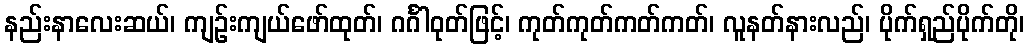
နည်းနာလေးဆယ်၊ ကျဉ်းကျယ်ဖော်ထုတ်၊ ဂင်္ဂါဝုတ်ဖြင့်၊ ကုတ်ကုတ်ကတ်ကတ်၊ လူနတ်နားလည်၊ ပိုက်ရှည်ပိုက်တို၊